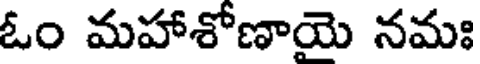
ఓం మహాశోణాయె నమః